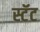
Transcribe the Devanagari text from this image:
स्टॅट